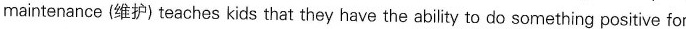
maintenance (维护) teaches kids that they have the ability to do something positive for